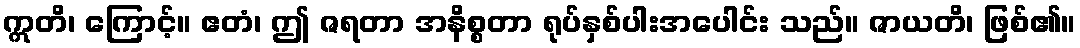
ဣတိ၊ ကြောင့်။ ဧတံ၊ ဤ ဇရတာ အနိစ္စတာ ရုပ်နှစ်ပါးအပေါင်း သည်။ ဇာယတိ၊ ဖြစ်၏။